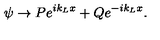
\psi \rightarrow P e ^ { i k _ { L } x } + Q e ^ { - i k _ { L } x } .